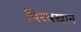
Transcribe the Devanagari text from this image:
पिरमखान